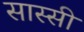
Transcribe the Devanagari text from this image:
सास्सी